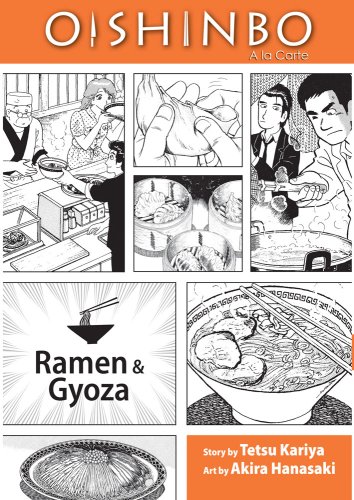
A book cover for Oishinbo: Ã  la Carte, Vol. 3: Ramen and Gyoza; Tetsu Kariya; Teen & Young Adult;